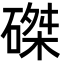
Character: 磔